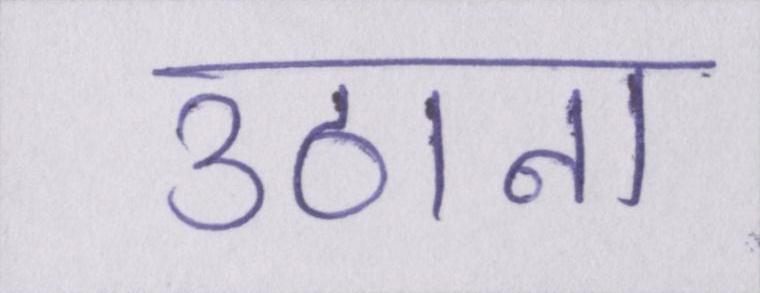
उठाना